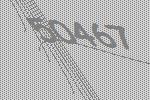
50467